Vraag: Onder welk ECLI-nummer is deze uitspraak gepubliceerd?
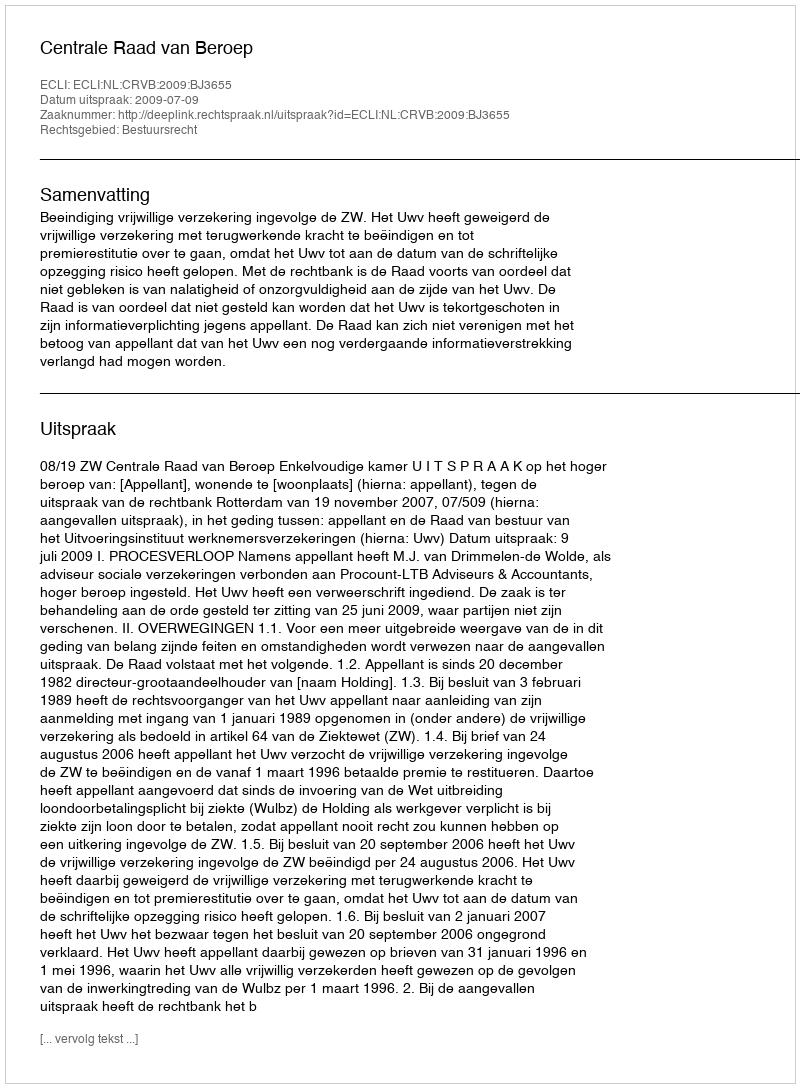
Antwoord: ECLI:NL:CRVB:2009:BJ3655